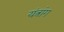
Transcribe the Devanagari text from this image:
यंत्रांग